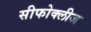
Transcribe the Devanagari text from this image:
सीफोक्लीज